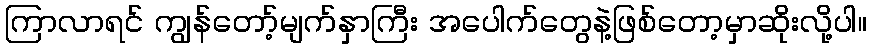
ကြာလာရင် ကျွန်တော့်မျက်နှာကြီး အပေါက်တွေနဲ့ဖြစ်တော့မှာဆိုးလို့ပါ။